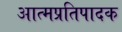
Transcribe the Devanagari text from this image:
आत्मप्रतिपादक